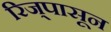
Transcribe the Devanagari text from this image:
रिज्‌पासून